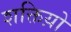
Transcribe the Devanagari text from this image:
शक्तिय़ो